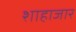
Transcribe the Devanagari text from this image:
शाहाजार